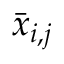
\bar { x } _ { i , j }